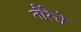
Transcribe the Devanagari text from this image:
तौरेत्ते